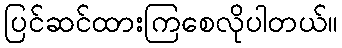
ပြင်ဆင်ထားကြစေလိုပါတယ်။